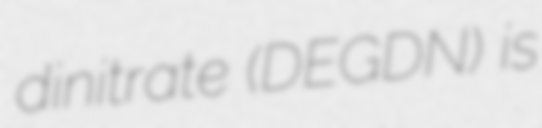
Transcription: dinitrate (DEGDN) is